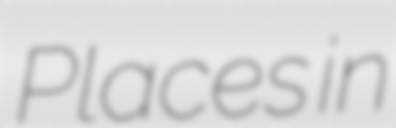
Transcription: Places in